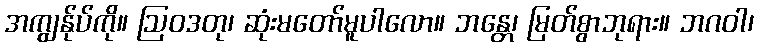
အကျွန်ုပ်ကို။ ဩဝဒတု၊ ဆုံးမတော်မူပါလော။ ဘန္တေ၊ မြတ်စွာဘုရား။ ဘဂဝါ၊